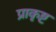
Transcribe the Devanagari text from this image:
प्राकृष्ट